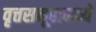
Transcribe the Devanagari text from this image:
वृत्तसमूहामध्ये